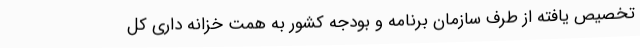
تخصیص یافته از طرف سازمان برنامه و بودجه کشور به همت خزانه داری کل